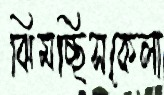
ঝিমচ্ছিসকেলা